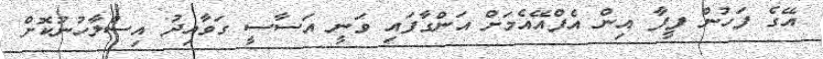
އޭގެ ފަހުން ފީފާ އިން އެފްއޭއެމަށް އަންގާފައި ވަނީ އަސާސީ ގަވާއިދު އިސްލާހުނުކޮށް